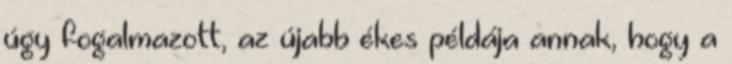
úgy fogalmazott, az újabb ékes példája annak, hogy a